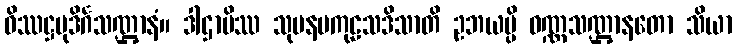
ဝိဿဋ္ဌမုဒိင်္ဂသဏ္ဌာနံ။ ဒါဌာပိဿ သုမနမကုဠသဒိသာတိ ဥဘယမ္ပိ ဝဏ္ဏသဏ္ဌာနတော သိယာ